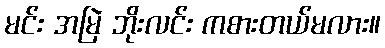
မင်း အမြဲ ဘိုးလင်း ကစားတယ်မလား။